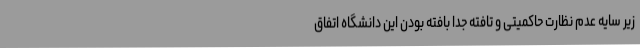
زیر سایه عدم نظارت حاکمیتی و تافته جدا بافته بودن این دانشگاه اتفاق